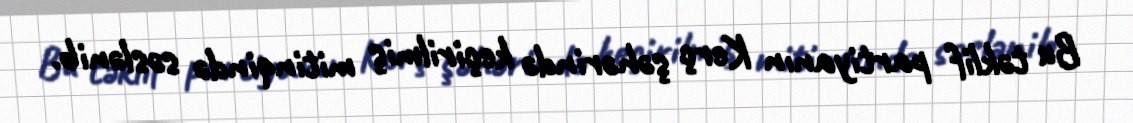
Bu təklif partiyanın Kerç şəhərində keçirilmiş mitinqində səslənib.